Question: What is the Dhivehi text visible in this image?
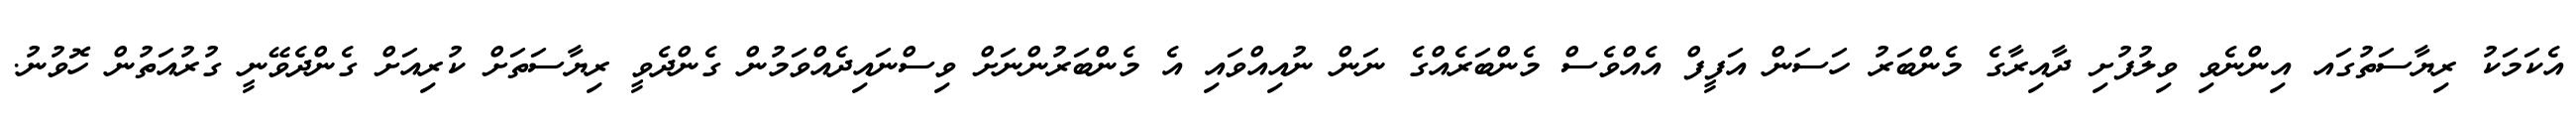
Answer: އެކަމަކު ރިޔާސަތުގައ އިންނެވި ވިލުފުށި ދާއިރާގެ މެންބަރު ހަސަން އަފީފް އެއްވެސް މެންބަރެއްގެ ނަން ނުއިއްވައި އެ މެންބަރުންނަށް ވިސްނައިދެއްވަމުން ގެންދެވީ ރިޔާސަތަށް ކުރިއަށް ގެންދެވޭނީ ގުރުއަތުން ހޮވުނު.